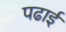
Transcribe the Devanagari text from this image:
पढार्इ